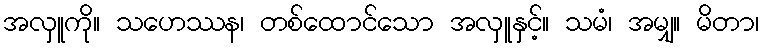
အလှူကို။ သဟေဿန၊ တစ်ထောင်သော အလှူနှင့်။ သမံ၊ အမျှ။ မိတာ၊